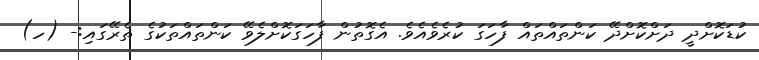
ކުޑަކޮށްދީ ދަށްކޮށްދޭ ކަންތައްތައް ފާހަގަ ކުރެވެއެވެ. އެގޮތުން ފާހަގަކޮށްލެވޭ ކަންތައްތަކުގެ ތެރޭގައި:- (ހ)